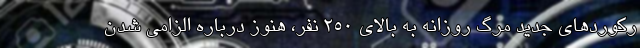
رکوردهای جدید مرگ روزانه به بالای 250 نفر، هنوز درباره الزامی شدن